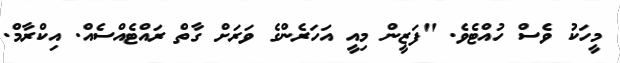
މީހަކު ވެސް ހުއްޓެވެ. "ފަޒީން މިއީ އަހަރެންގެ ވަރަށް ގާތް ރައްޓެއްސެއް. އިކްރާމް.